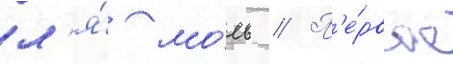
л'я́ мо́ль // П'е́рвое